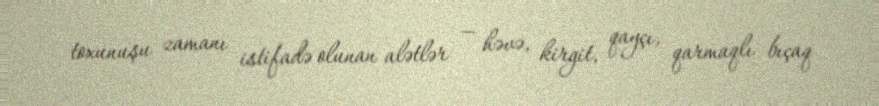
toxunuşu zamanı istifadə olunan alətlər — həvə, kirgit, qayçı, qarmaqlı bıçaq